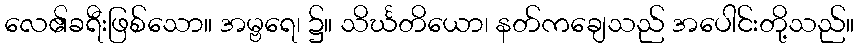
လေ၏ခရီးဖြစ်သော။ အမ္ဗရေ၊ ၌။ သိင်္ဃတိယော၊ နတ်ကချေသည် အပေါင်းတို့သည်။